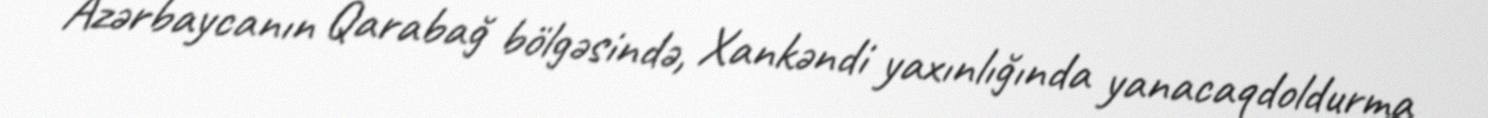
Azərbaycanın Qarabağ bölgəsində, Xankəndi yaxınlığında yanacaqdoldurma